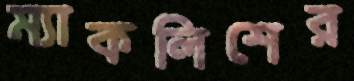
ম্যাকলিশের